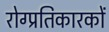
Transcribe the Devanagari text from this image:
रोग्प्रतिकारकों